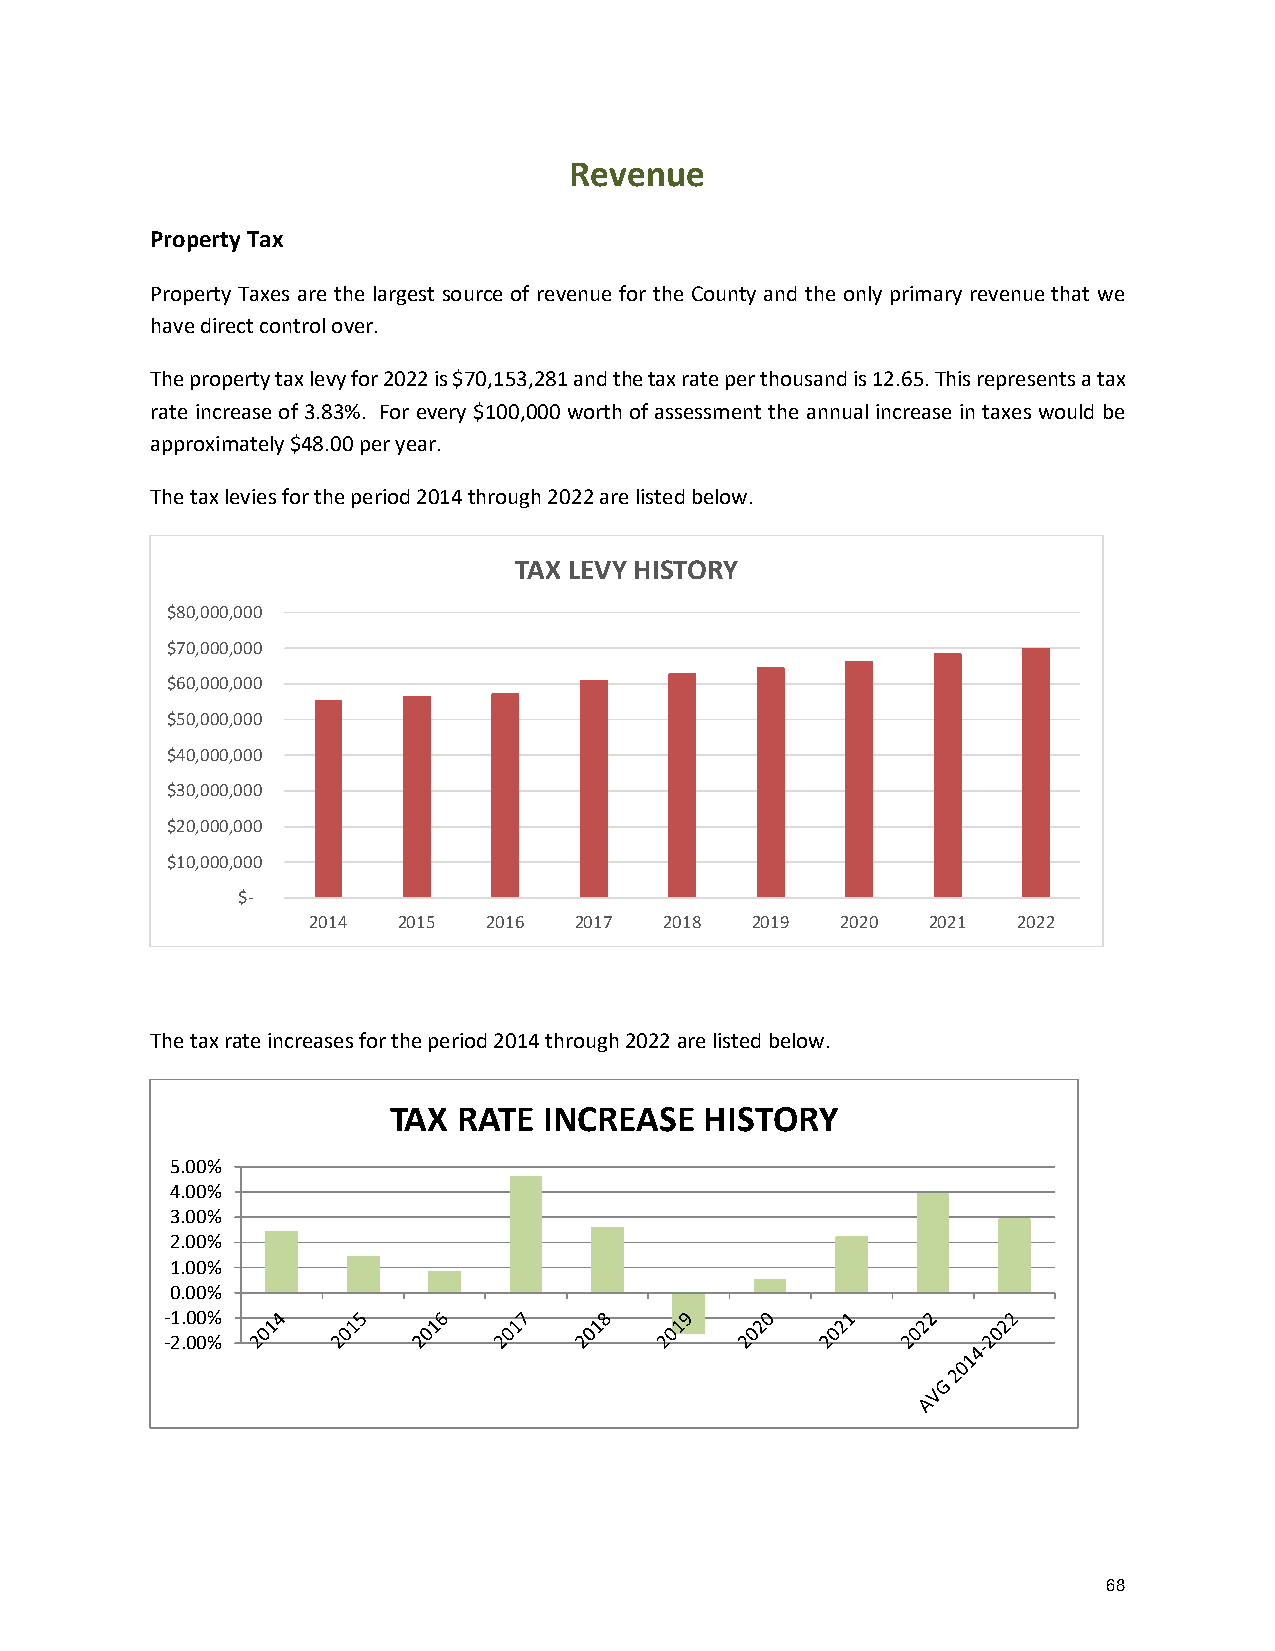
Revenue
 Property Tax
 Property Taxes are the largest source of revenue for the County and the only primary revenue that we
 have direct control over.
 The property tax levy for 2022 is $70,153,281 and the tax rate per thousand is 12.65. This represents a tax
 rate increase of 3.83%. For every $100,000 worth of assessment the annual increase in taxes would be
 approximately $48.00 per year.
 The tax levies for the period 2014 through 2022 are listed below.
 TAX LEVY HISTORY
 $80,000,000
 $70,000,000
 $60,000,000
 $50,000,000
 $40,000,000
 $30,000,000
 $20,000,000
 $10,000,000
 $-
 2014  2015  2016  2017  2018  2019  2020 2021  2022
 The tax rate increases for the period 2014 through 2022 are listed below.
 TAX RATE  INCREASE   HISTORY
 5.00%
 4.00%
 3.00%
 2.00%
 1.00%
 0.00%
 -1.00%
 -2.00%
 68